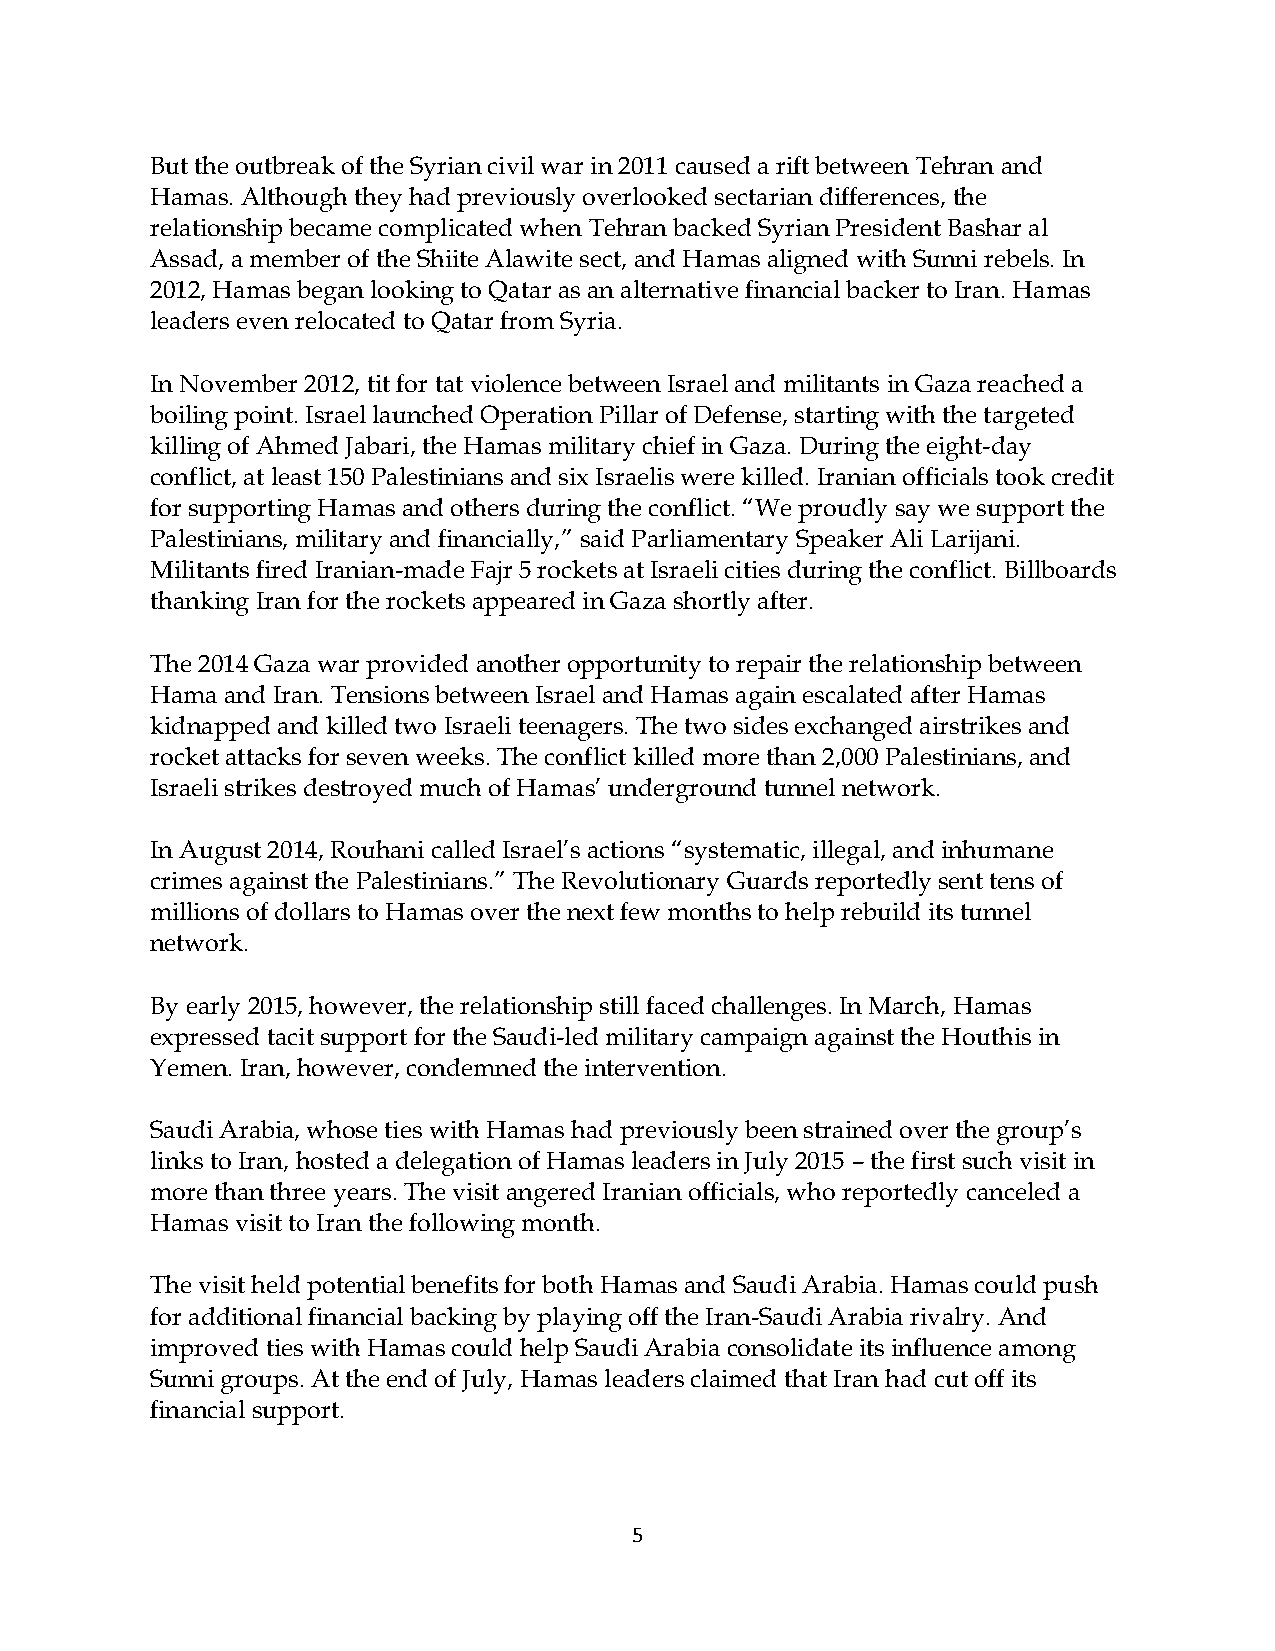
But the outbreak of the Syrian civil war in 2011 caused a rift between Tehran and
 Hamas. Although they had previously overlooked sectarian differences, the
 relationship became complicated when Tehran backed Syrian President Bashar al
 Assad, a member of the Shiite Alawite sect, and Hamas aligned with Sunni rebels. In
 2012, Hamas began looking to Qatar as an alternative financial backer to Iran. Hamas
 leaders even relocated to Qatar from Syria.
 In November 2012, tit for tat violence between Israel and militants in Gaza reached a
 boiling point. Israel launched Operation Pillar of Defense, starting with the targeted
 killing of Ahmed Jabari, the Hamas military chief in Gaza. During the eight-day
 conflict, at least 150 Palestinians and six Israelis were killed. Iranian officials took credit
 for supporting Hamas and others during the conflict. “We proudly say we support the
 Palestinians, military and financially,” said Parliamentary Speaker Ali Larijani.
 Militants fired Iranian-made Fajr 5 rockets at Israeli cities during the conflict. Billboards
 thanking Iran for the rockets appeared in Gaza shortly after.
 The 2014 Gaza war provided another opportunity to repair the relationship between
 Hama and Iran. Tensions between Israel and Hamas again escalated after Hamas
 kidnapped and killed two Israeli teenagers. The two sides exchanged airstrikes and
 rocket attacks for seven weeks. The conflict killed more than 2,000 Palestinians, and
 Israeli strikes destroyed much of Hamas’ underground tunnel network.
 In August 2014, Rouhani called Israel’s actions “systematic, illegal, and inhumane
 crimes against the Palestinians.” The Revolutionary Guards reportedly sent tens of
 millions of dollars to Hamas over the next few months to help rebuild its tunnel
 network.
 By early 2015, however, the relationship still faced challenges. In March, Hamas
 expressed tacit support for the Saudi-led military campaign against the Houthis in
 Yemen. Iran, however, condemned the intervention.
 Saudi Arabia, whose ties with Hamas had previously been strained over the group’s
 links to Iran, hosted a delegation of Hamas leaders in July 2015 – the first such visit in
 more than three years. The visit angered Iranian officials, who reportedly canceled a
 Hamas visit to Iran the following month.
 The visit held potential benefits for both Hamas and Saudi Arabia. Hamas could push
 for additional financial backing by playing off the Iran-Saudi Arabia rivalry. And
 improved ties with Hamas could help Saudi Arabia consolidate its influence among
 Sunni groups. At the end of July, Hamas leaders claimed that Iran had cut off its
 financial support.
 5